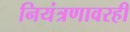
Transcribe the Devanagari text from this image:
नियंत्रणावरही